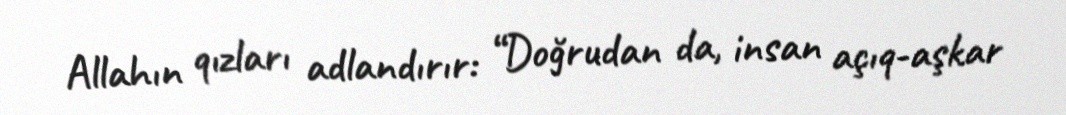
Allahın qızları adlandırır: “Doğrudan da, insan açıq-aşkar